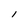
Character: l